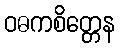
ဝဓကစိတ္တေန